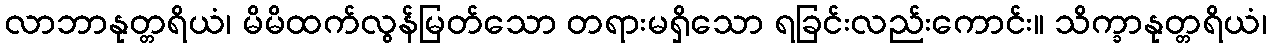
လာဘာနုတ္တရိယံ၊ မိမိထက်လွန်မြတ်သော တရားမရှိသော ရခြင်းလည်းကောင်း။ သိက္ခာနုတ္တရိယံ၊